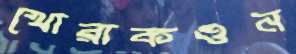
খোরাকওন